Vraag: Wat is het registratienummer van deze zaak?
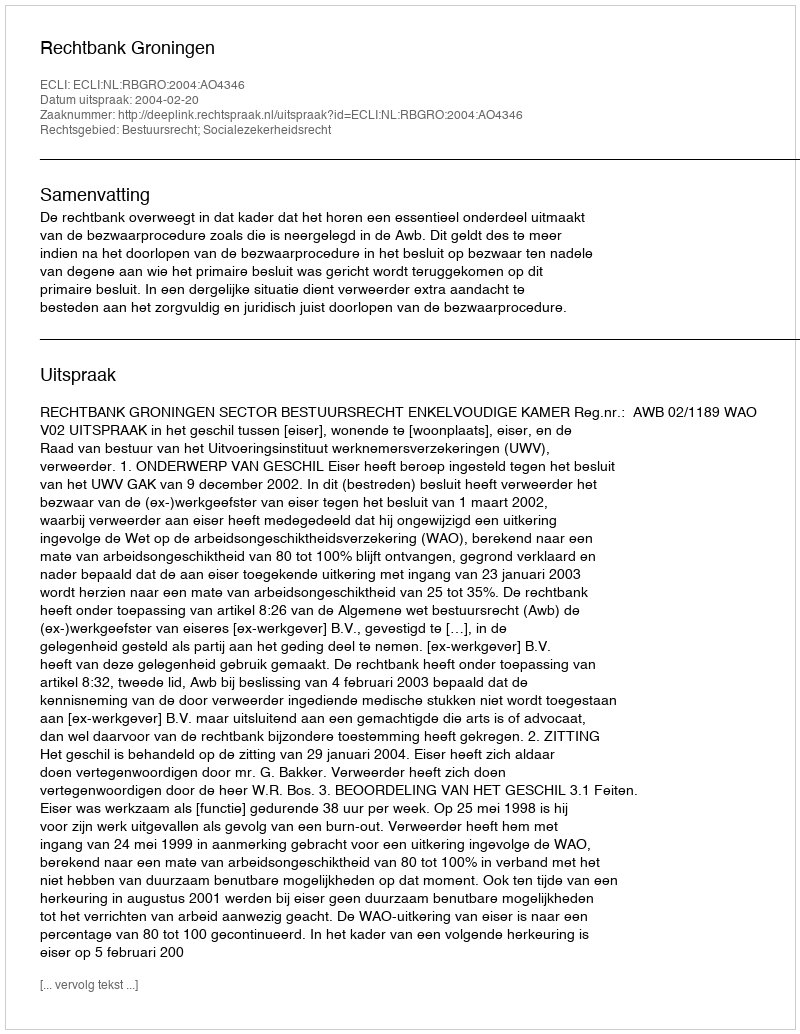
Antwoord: http://deeplink.rechtspraak.nl/uitspraak?id=ECLI:NL:RBGRO:2004:AO4346